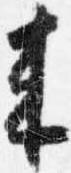
来